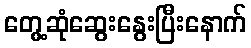
တွေ့ဆုံဆွေးနွေးပြီးနောက်